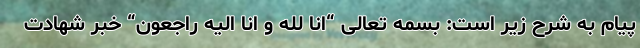
پیام به شرح زیر است: بسمه‌ تعالی “انا لله و انا الیه راجعون“ خبر شهادت